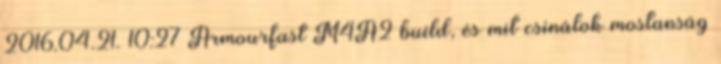
2016.04.21. 10:27 Armourfast M4A2 build, és mit csinálok mostanság